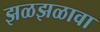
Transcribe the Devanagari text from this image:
झळझळावा